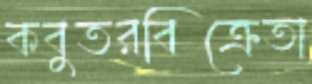
কবুতরবিক্রেতা